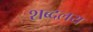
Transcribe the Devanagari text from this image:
शब्दलय